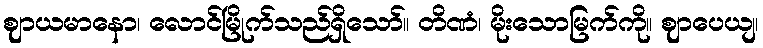
ဈာယမာနော၊ လောင်မြိုက်သည်ရှိသော်။ တိဏံ၊ မိုးသောမြက်ကို။ ဈာပေယျ၊